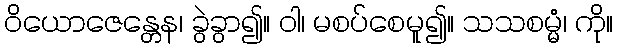
ဝိယောဇေန္တေန၊ ခွဲခွာ၍။ ဝါ၊ မစပ်စေမူ၍။ သသစမ္မံ၊ ကို။